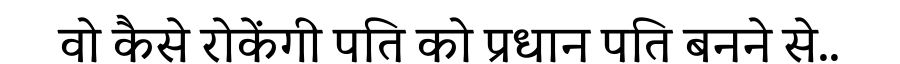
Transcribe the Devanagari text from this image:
वो कैसे रोकेंगी पति को प्रधान पति बनने से..